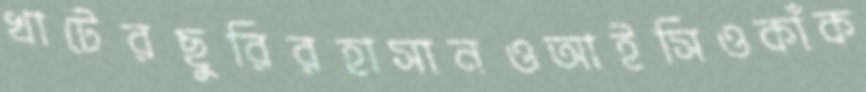
খাটেরছুরিরহাসানওআইসিওকাঁক